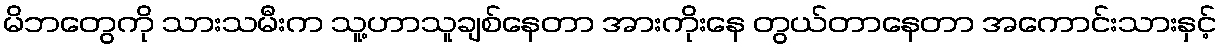
မိဘတွေကို သားသမီးက သူ့ဟာသူချစ်နေတာ အားကိုးနေ တွယ်တာနေတာ အကောင်းသားနှင့်